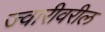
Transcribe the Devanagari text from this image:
ज्वारीवरील